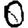
Digit: 0